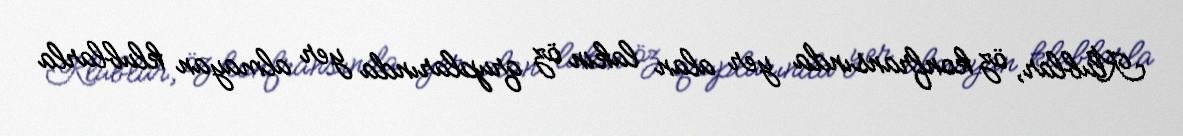
Klublar, öz konfransında yer alan lakin öz qruplarında yer almayan klublarla